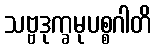
သဗ္ဗဒုက္ခမုပစ္စဂါတိ